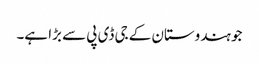
جو ہندوستان کے جی ڈی پی سے بڑا ہے۔